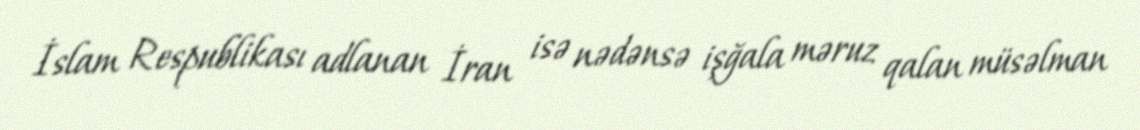
İslam Respublikası adlanan İran isə nədənsə işğala məruz qalan müsəlman